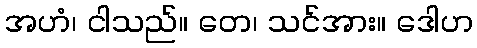
အဟံ၊ ငါသည်။ တေ၊ သင်အား။ ဒေါဟ